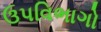
ઉપવિભાગો